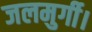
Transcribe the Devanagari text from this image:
जलमुर्गी।